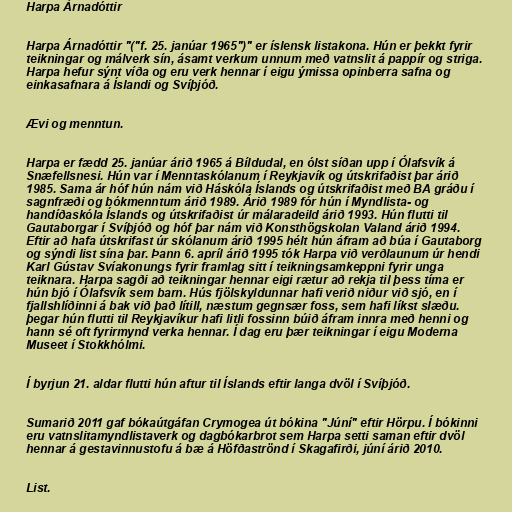
Harpa Árnadóttir

Harpa Árnadóttir "("f. 25. janúar 1965")" er íslensk listakona. Hún er þekkt fyrir
teikningar og málverk sín, ásamt verkum unnum með vatnslit á pappír og striga.
Harpa hefur sýnt víða og eru verk hennar í eigu ýmissa opinberra safna og
einkasafnara á Íslandi og Svíþjóð.

Ævi og menntun.

Harpa er fædd 25. janúar árið 1965 á Bíldudal, en ólst síðan upp í Ólafsvík á
Snæfellsnesi. Hún var í Menntaskólanum í Reykjavík og útskrifaðist þar árið
1985. Sama ár hóf hún nám við Háskóla Íslands og útskrifaðist með BA gráðu í
sagnfræði og bókmenntum árið 1989. Árið 1989 fór hún í Myndlista- og
handíðaskóla Íslands og útskrifaðist úr málaradeild árið 1993. Hún flutti til
Gautaborgar í Svíþjóð og hóf þar nám við Konsthögskolan Valand árið 1994.
Eftir að hafa útskrifast úr skólanum árið 1995 hélt hún áfram að búa í Gautaborg
og sýndi list sína þar. Þann 6. apríl árið 1995 tók Harpa við verðlaunum úr hendi
Karl Gústav Svíakonungs fyrir framlag sitt í teikningsamkeppni fyrir unga
teiknara. Harpa sagði að teikningar hennar eigi rætur að rekja til þess tíma er
hún bjó í Ólafsvík sem barn. Hús fjölskyldunnar hafi verið niður við sjó, en í
fjallshlíðinni á bak við það lítill, næstum gegnsær foss, sem hafi líkst slæðu.
þegar hún flutti til Reykjavíkur hafi litli fossinn búið áfram innra með henni og
hann sé oft fyrirmynd verka hennar. Í dag eru þær teikningar í eigu Moderna
Museet í Stokkhólmi.

Í byrjun 21. aldar flutti hún aftur til Íslands eftir langa dvöl í Svíþjóð.

Sumarið 2011 gaf bókaútgáfan Crymogea út bókina "Júní" eftir Hörpu. Í bókinni
eru vatnslitamyndlistaverk og dagbókarbrot sem Harpa setti saman eftir dvöl
hennar á gestavinnustofu á bæ á Höfðaströnd í Skagafirði, júní árið 2010.

List.